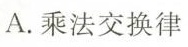
A.乘法交换律